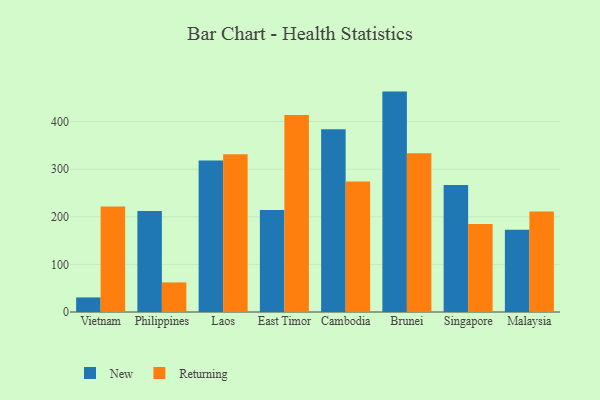
{"axis": {"x": "Country", "y": "Production Output"}, "legend": ["New", "Returning"], "data": [{"x": "Vietnam", "y": 30.6, "type": "New"}, {"x": "Vietnam", "y": 221.5, "type": "Returning"}, {"x": "Philippines", "y": 212.1, "type": "New"}, {"x": "Philippines", "y": 62.1, "type": "Returning"}, {"x": "Laos", "y": 318.4, "type": "New"}, {"x": "Laos", "y": 331.3, "type": "Returning"}, {"x": "East Timor", "y": 214.0, "type": "New"}, {"x": "East Timor", "y": 413.8, "type": "Returning"}, {"x": "Cambodia", "y": 383.9, "type": "New"}, {"x": "Cambodia", "y": 274.1, "type": "Returning"}, {"x": "Brunei", "y": 462.9, "type": "New"}, {"x": "Brunei", "y": 333.5, "type": "Returning"}, {"x": "Singapore", "y": 266.6, "type": "New"}, {"x": "Singapore", "y": 184.8, "type": "Returning"}, {"x": "Malaysia", "y": 173.0, "type": "New"}, {"x": "Malaysia", "y": 211.3, "type": "Returning"}]}